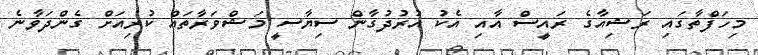
މިހަފްތާގައި ރަޝިއާގެ ރައީސް އާއި އެކު އުރުދުގާން ސިޔާސީ މަޝްވަރާތައް ކުރިއަށް ގެންދަވާނެ